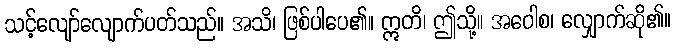
သင့်လျော်လျောက်ပတ်သည်။ အသိ၊ ဖြစ်ပါပေ၏။ ဣတိ၊ ဤသို့။ အဝေါစ၊ လျှောက်ဆို၏။